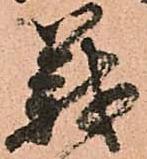
義